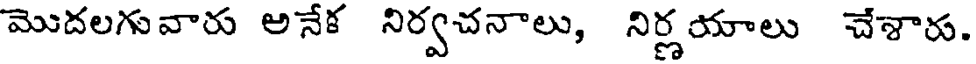
మొదలగువారు అనేక నిర్వచనాలు, నిర్ణ యాలు చేశారు.